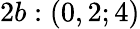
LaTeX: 2b:(0,2;4)